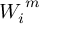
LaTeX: { W _ { i } } ^ { m }